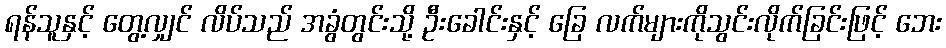
ရန်သူနှင့် တွေ့လျှင် လိပ်သည် အခွံတွင်းသို့ ဦးခေါင်းနှင့် ခြေ လက်များကိုသွင်းလိုက်ခြင်းဖြင့် ဘေး